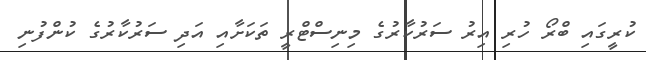
ކުރީގައި ބްރޯ ހުރި އިރު ސަރުކާރުގެ މިނިސްޓްރީ ތަކަށާއި އަދި ސަރުކާރުގެ ކުންފުނި